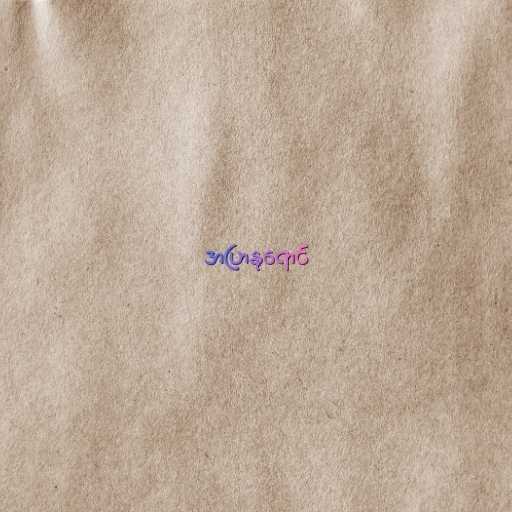
အပြာနုရောင်